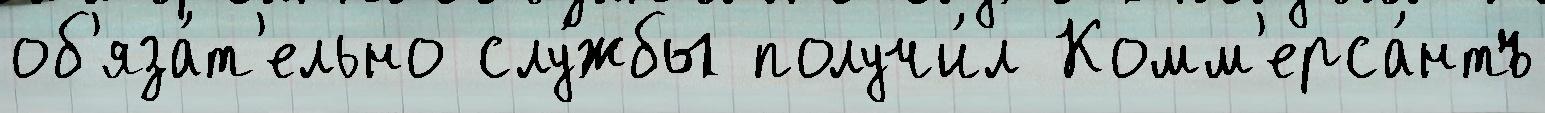
об'яза́т'ельно слу́жбы получи́л Комм'ерса́нтъ